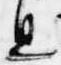
息